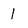
Character: 1